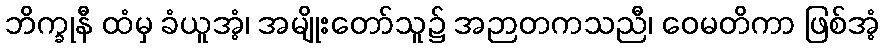
ဘိက္ခုနီ ထံမှ ခံယူအံ့၊ အမျိုးတော်သူ၌ အဉာတကသညီ၊ ဝေမတိကာ ဖြစ်အံ့